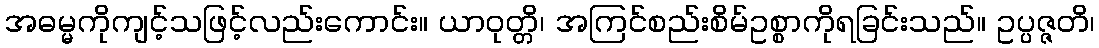
အဓမ္မကိုကျင့်သဖြင့်လည်းကောင်း။ ယာဝုတ္တိ၊ အကြင်စည်းစိမ်ဥစ္စာကိုရခြင်းသည်။ ဥပ္ပဇ္ဇတိ၊